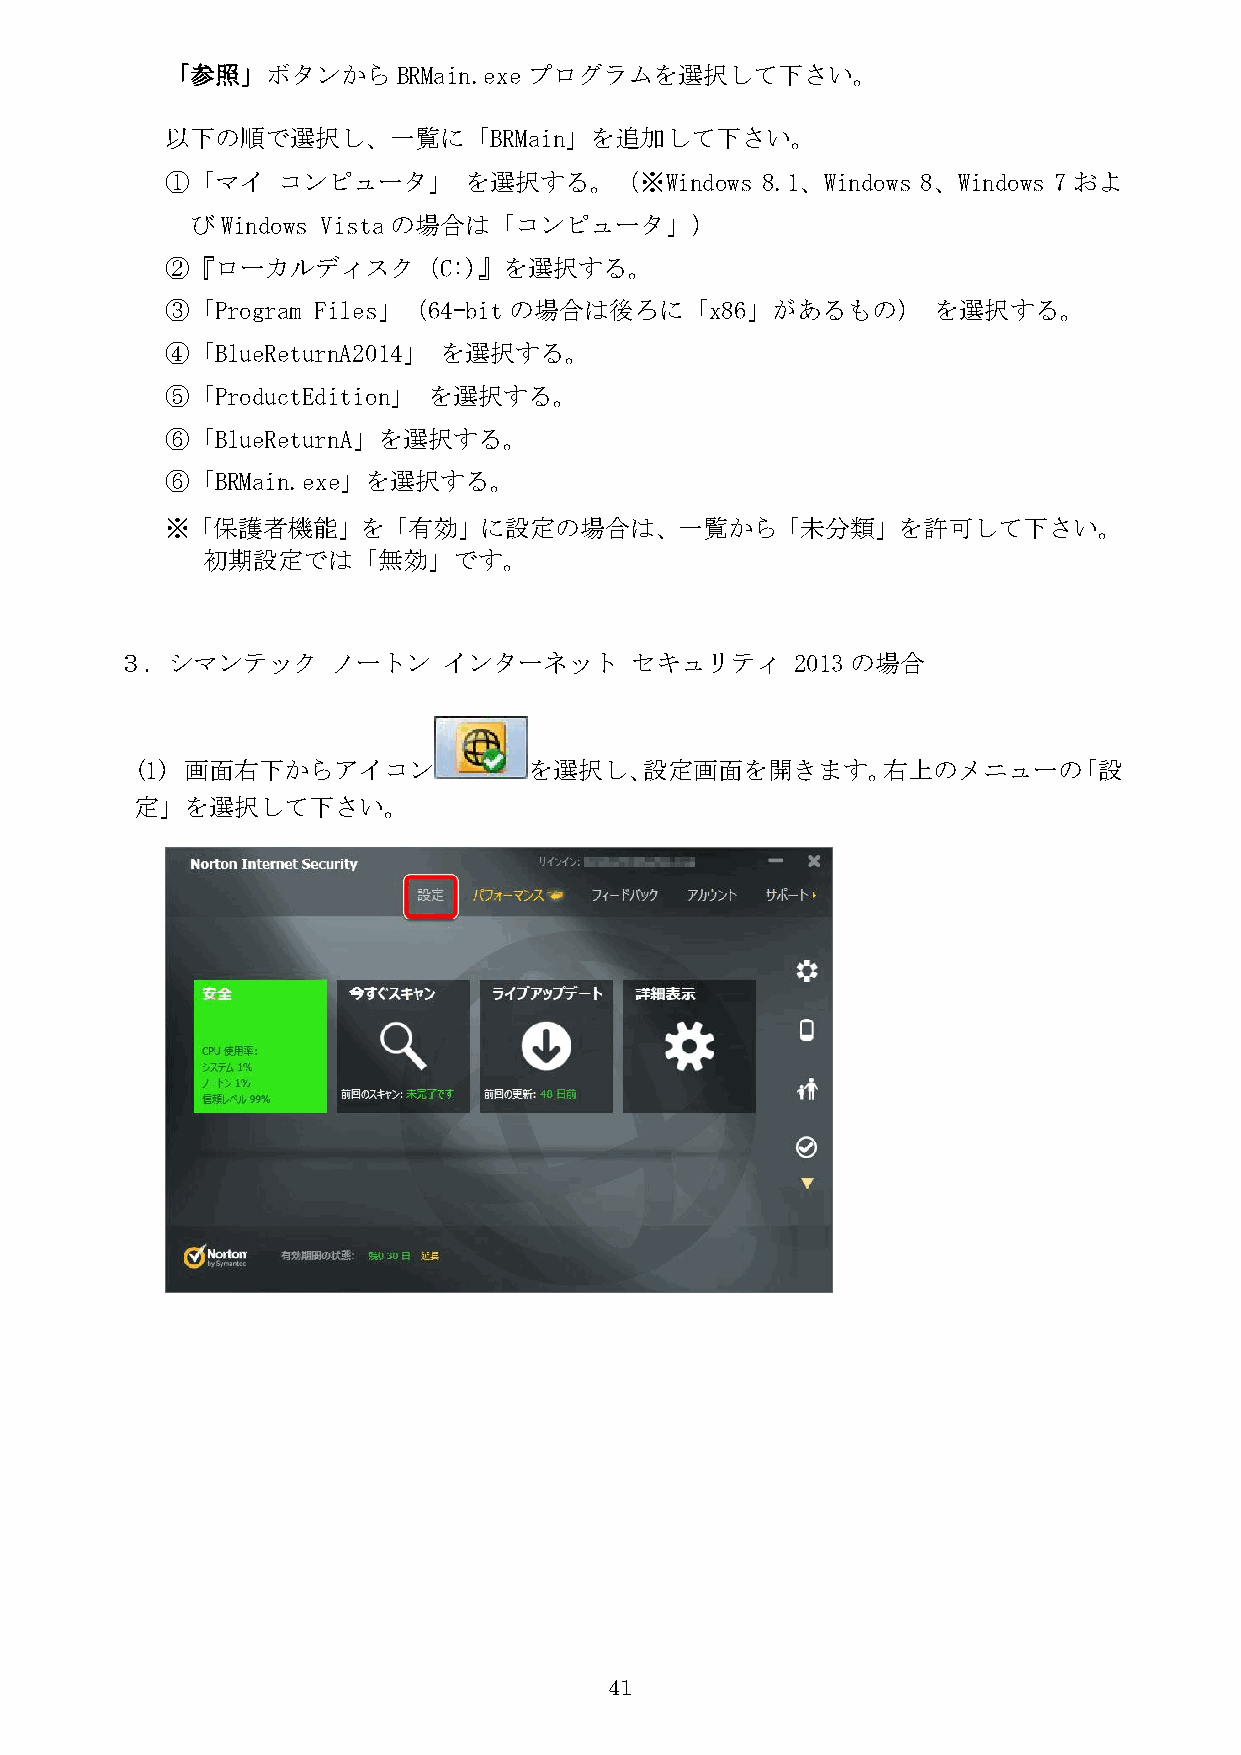
「参照」ボタンから      BRMain.exe プログラムを選択して下さい。
 以下の順で選択し、一覧に「BRMain」を追加して下さい。
 ①「マイ   コンピュータ」      を選択する。（※Windows    8.1、Windows 8、Windows 7およ
 びWindows Vistaの場合は「コンピュータ」）
 ②『ローカルディスク（C:)』を選択する。
 ③「Program Files」（64-bitの場合は後ろに「x86」があるもの）          を選択する。
 ④「BlueReturnA2014」 を選択する。
 ⑤「ProductEdition」 を選択する。
 ⑥「BlueReturnA」を選択する。
 ⑥「BRMain.exe」を選択する。
 ※「保護者機能」を「有効」に設定の場合は、一覧から「未分類」を許可して下さい。
 初期設定では「無効」です。
 ３．シマンテック      ノートン   インターネット      セキュリティ     2013の場合
 (1) 画面右下からアイコン            を選択し、設定画面を開きます。右上のメニューの「設
 定」を選択して下さい。
 41